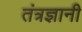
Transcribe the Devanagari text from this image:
तंत्रज्ञानी